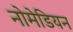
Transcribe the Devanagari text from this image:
नोमेडियन